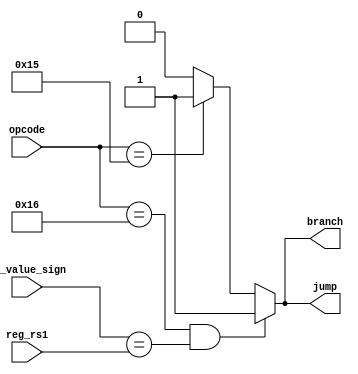
module compare_branch(branch,jump,reg_rs1,rs_value_sign,opcode);

output  branch,jump;
input[5:0] opcode;
input[31:0] reg_rs1,rs_value_sign;
reg branch1;

parameter BRA = 6'b10110;
parameter JUMP = 6'b10101;

always@(*)
begin
if((opcode == BRA) && (rs_value_sign ==  reg_rs1))  branch1 <= 1;
else if (opcode == JUMP) branch1 <=1;
else branch1 = 0;
end
assign branch = branch1;
assign jump = branch1;
endmodule